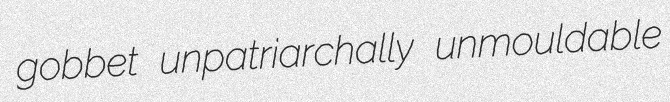
gobbet unpatriarchally unmouldable